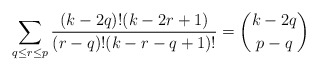
\begin{align*} \sum_{q \leq r \leq p} \frac{(k-2q)! (k-2r+1)}{(r-q)! (k-r-q+1)!} = \binom{k-2q}{p-q} \end{align*}